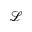
\mathcal { L }